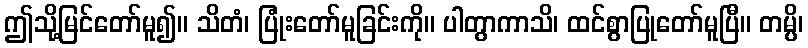
ဤသို့မြင်တော်မူ၍။ သိတံ၊ ပြုံးတော်မူခြင်းကို။ ပါတွာကာသိ၊ ထင်စွာပြုတော်မူပြီ။ တမ္ပိ၊